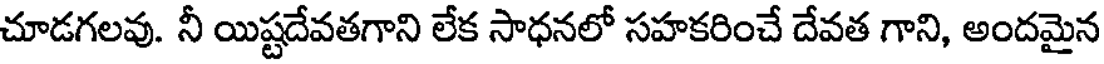
చూడగలవు. నీ యిష్టదేవతగాని లేక సాధనలో సహకరించే దేవత గాని, అందమైన